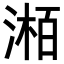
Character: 𪶯